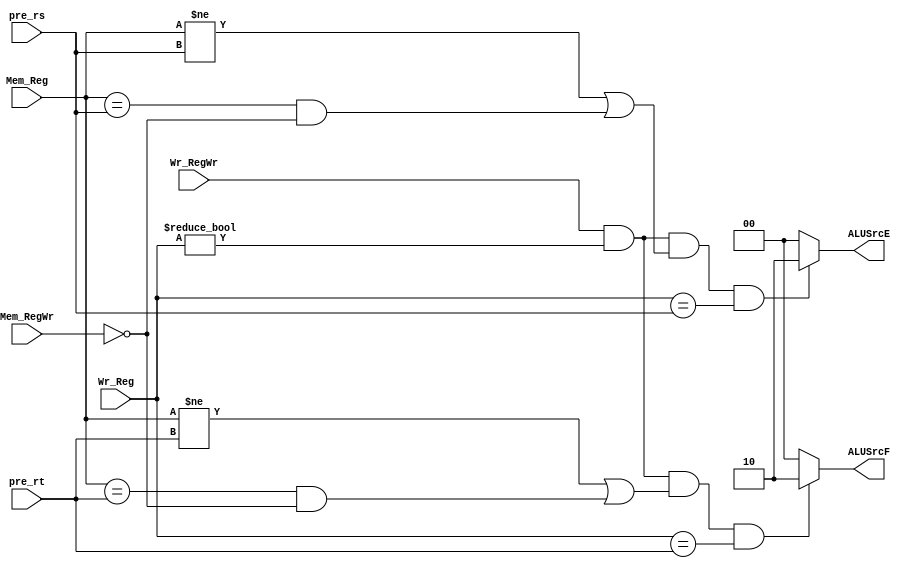
module branch_Data_Hazard(Wr_RegWr,Wr_Reg,pre_rs,pre_rt,Mem_RegWr,Mem_Reg,ALUSrcE,ALUSrcF);
	input	Wr_RegWr,Mem_RegWr;
	input[4:0]	Wr_Reg,Mem_Reg,pre_rs,pre_rt;

	wire	C2E,C2F;

	assign	C2E = Wr_RegWr && (Wr_Reg!=0) && ((Mem_Reg != pre_rs) || (Mem_Reg == pre_rs && Mem_RegWr == 0)) && (Wr_Reg == pre_rs);
	assign	C2F = Wr_RegWr && (Wr_Reg!=0) && ((Mem_Reg != pre_rt) || (Mem_Reg == pre_rt && Mem_RegWr == 0)) && (Wr_Reg == pre_rt);

	output reg[1:0]	ALUSrcE,ALUSrcF;

	initial
	begin
		ALUSrcE = 0;
		ALUSrcF = 0;
	end

	always@(C2E)
	begin
		if(C2E == 1)	ALUSrcE <= 2'b10;
		else		ALUSrcE <= 2'b00;
	end

	always@(C2F)
	begin
		if(C2F == 1)	ALUSrcF <= 2'b10;
		else		ALUSrcF <= 2'b00;
	end

endmodule